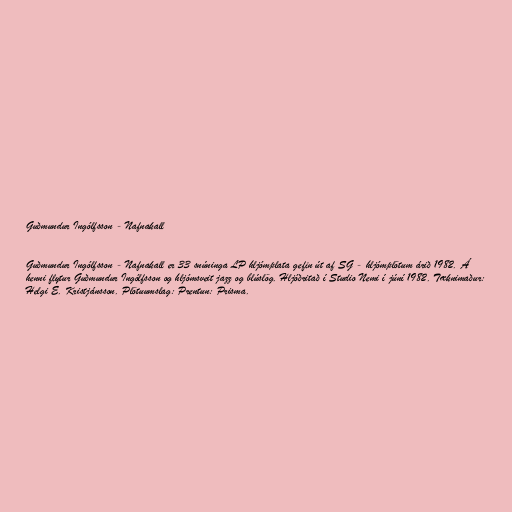
Guðmundur Ingólfsson - Nafnakall

Guðmundur Ingólfsson - Nafnakall er 33 snúninga LP hljómplata gefin út af SG - hljómplötum árið 1982. Á
henni flytur Guðmundur Ingólfsson og hljómsveit jazz og blúslög. Hljóðritað í Studio Nemi í júní 1982. Tæknimaður:
Helgi E. Kristjánsson. Plötuumslag: Prentun: Prisma.